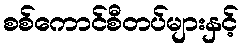
စစ်ကောင်စီတပ်များနှင့်